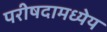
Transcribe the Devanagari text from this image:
परीषदामध्येय